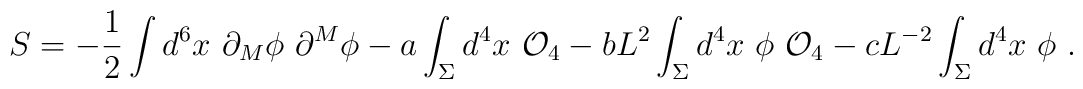
S=-{1\over 2} \int d^6 x~\partial_M\phi~ \partial^M \phi-a\int_\Sigma d^4 x~{\cal O}_4 -b L^2 \int_\Sigma d^4x~\phi~{\cal O}_4-c L^{-2}\int_\Sigma d^4 x~\phi~.